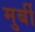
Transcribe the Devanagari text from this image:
मुर्बी